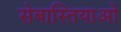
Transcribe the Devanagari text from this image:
सेबास्तियाओ